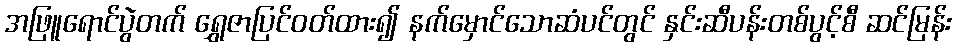
အဖြူရောင်ပွဲတက် ရွှေဇာပြင်ဝတ်ထား၍ နက်မှောင်သောဆံပင်တွင် နှင်းဆီပန်းတစ်ပွင့်စီ ဆင်မြန်း